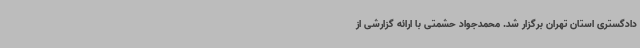
دادگستری استان تهران برگزار شد. محمدجواد حشمتی با ارائه گزارشی از